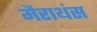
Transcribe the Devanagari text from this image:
मैराथंस